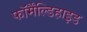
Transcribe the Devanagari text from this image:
फॉर्मैंल्डिहाइड